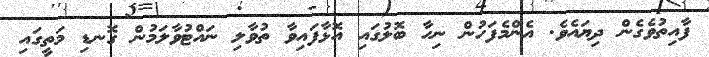
ފާއިތުވެގެން ދިޔައެވެ. އެންމެފަހުން ނިހާ ބޮލުގައި އޮޅާފައިވާ ތުވާލި ނައްޓުވާލަމުން ގޮނޑި މަތީގައި